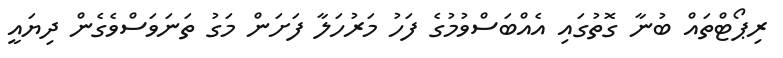
ރިޕޯޓްތައް ބުނާ ގޮތުގައި އެއްބަސްވުމުގެ ފަހު މަރުހަލާ ފަށަން މަގު ތަނަވަސްވެެގެން ދިޔައީ